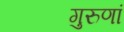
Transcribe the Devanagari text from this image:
गुरुणां